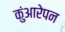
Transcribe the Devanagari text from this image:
कुंआरेपन